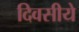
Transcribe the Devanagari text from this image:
दिवसीये